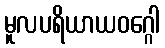
မူလပရိယာယဝဂ္ဂေါ